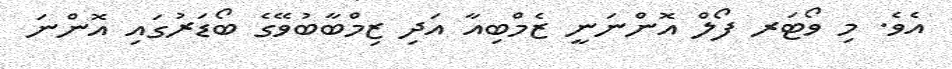
އެވެ. މި ވޯޓަރ ފޯލް އޮންނަނީ ޒެމްބިއާ އަދި ޒިމްބާބުވޭގެ ބޯޑަރުގައި އޮންނަ